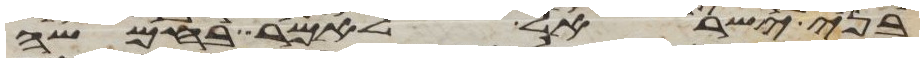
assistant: בני ישראל לאמר בחמשה